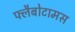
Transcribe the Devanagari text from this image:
फ्लैबोटामस